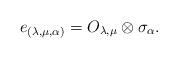
LaTeX: \begin{align*}e_{(\lambda,\mu,\alpha)}=O_{\lambda,\mu}\otimes\sigma_{\alpha} .\end{align*}